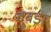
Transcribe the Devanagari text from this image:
दुबडा